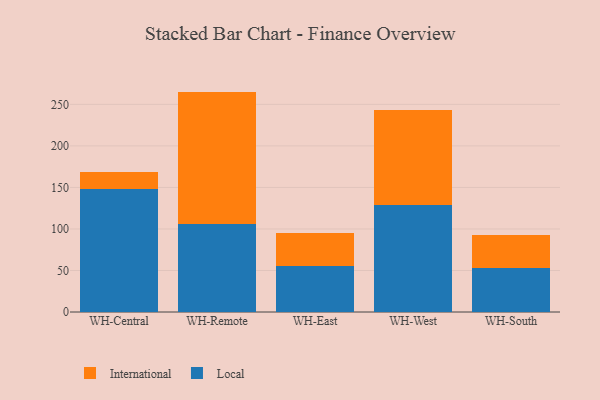
{"axis": {"x": "Warehouse", "y": "Temperature (°C)"}, "legend": ["International", "Local"], "data": [{"x": "WH-Central", "y": 148.2, "type": "Local"}, {"x": "WH-Central", "y": 19.8, "type": "International"}, {"x": "WH-Remote", "y": 106.5, "type": "Local"}, {"x": "WH-Remote", "y": 158.9, "type": "International"}, {"x": "WH-East", "y": 55.6, "type": "Local"}, {"x": "WH-East", "y": 39.4, "type": "International"}, {"x": "WH-West", "y": 128.4, "type": "Local"}, {"x": "WH-West", "y": 114.4, "type": "International"}, {"x": "WH-South", "y": 53.1, "type": "Local"}, {"x": "WH-South", "y": 39.6, "type": "International"}]}